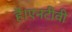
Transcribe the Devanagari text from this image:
है।एनटीवी